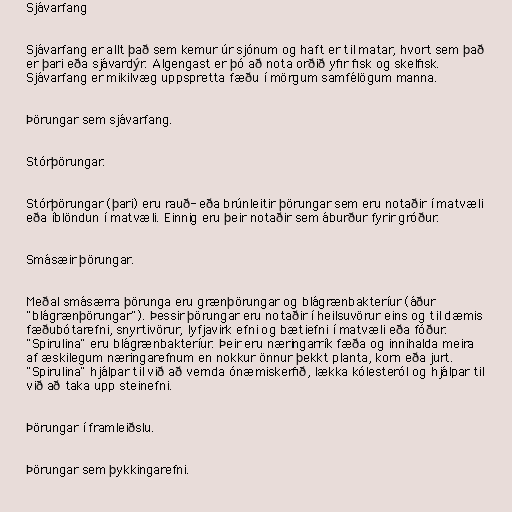
Sjávarfang

Sjávarfang er allt það sem kemur úr sjónum og haft er til matar, hvort sem það
er þari eða sjávardýr. Algengast er þó að nota orðið yfir fisk og skelfisk.
Sjávarfang er mikilvæg uppspretta fæðu í mörgum samfélögum manna.

Þörungar sem sjávarfang.

Stórþörungar.

Stórþörungar (þari) eru rauð- eða brúnleitir þörungar sem eru notaðir í matvæli
eða íblöndun í matvæli. Einnig eru þeir notaðir sem áburður fyrir gróður.

Smásæir þörungar.

Meðal smásærra þörunga eru grænþörungar og blágrænbakteríur (áður
"blágrænþörungar"). Þessir þörungar eru notaðir í heilsuvörur eins og til dæmis
fæðubótarefni, snyrtivörur, lyfjavirk efni og bætiefni í matvæli eða fóður.
"Spirulina" eru blágrænbakteríur. Þeir eru næringarrík fæða og innihalda meira
af æskilegum næringarefnum en nokkur önnur þekkt planta, korn eða jurt.
"Spirulina" hjálpar til við að vernda ónæmiskerfið, lækka kólesteról og hjálpar til
við að taka upp steinefni.

Þörungar í framleiðslu.

Þörungar sem þykkingarefni.